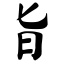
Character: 旨